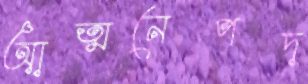
আত্মনেপদ